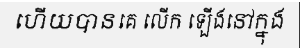
ហើយបានគេ លើក ឡើងនៅក្នុង